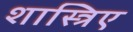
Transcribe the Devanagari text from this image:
शास्त्रिए